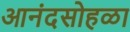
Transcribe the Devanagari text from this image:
आनंदसोहळा